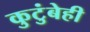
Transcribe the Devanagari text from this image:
कुटुंबेही